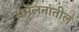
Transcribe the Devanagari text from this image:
संमेलनांतील